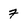
Character: 7